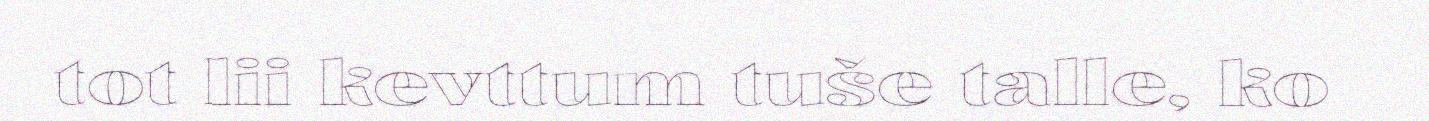
tot lii kevttum tuše talle, ko